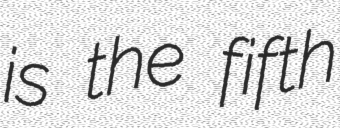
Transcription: is the fifth